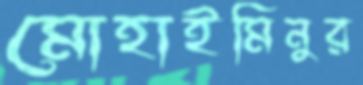
মোহাইমিনুর